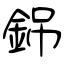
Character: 銱